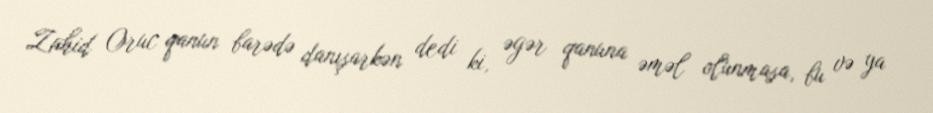
Zahid Oruc qanun barədə danışarkən dedi ki, əgər qanuna əməl olunmasa, bu və ya